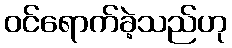
ဝင်ရောက်ခဲ့သည်ဟု